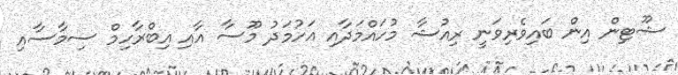
ޝޫޓިން އިން ބައިވެރިވަނީ ރިއުޝާ މުހައްމަދާއި އަހުމަދު މޫސާ އާއި އިބްރާހިމް ސިމާސާއި